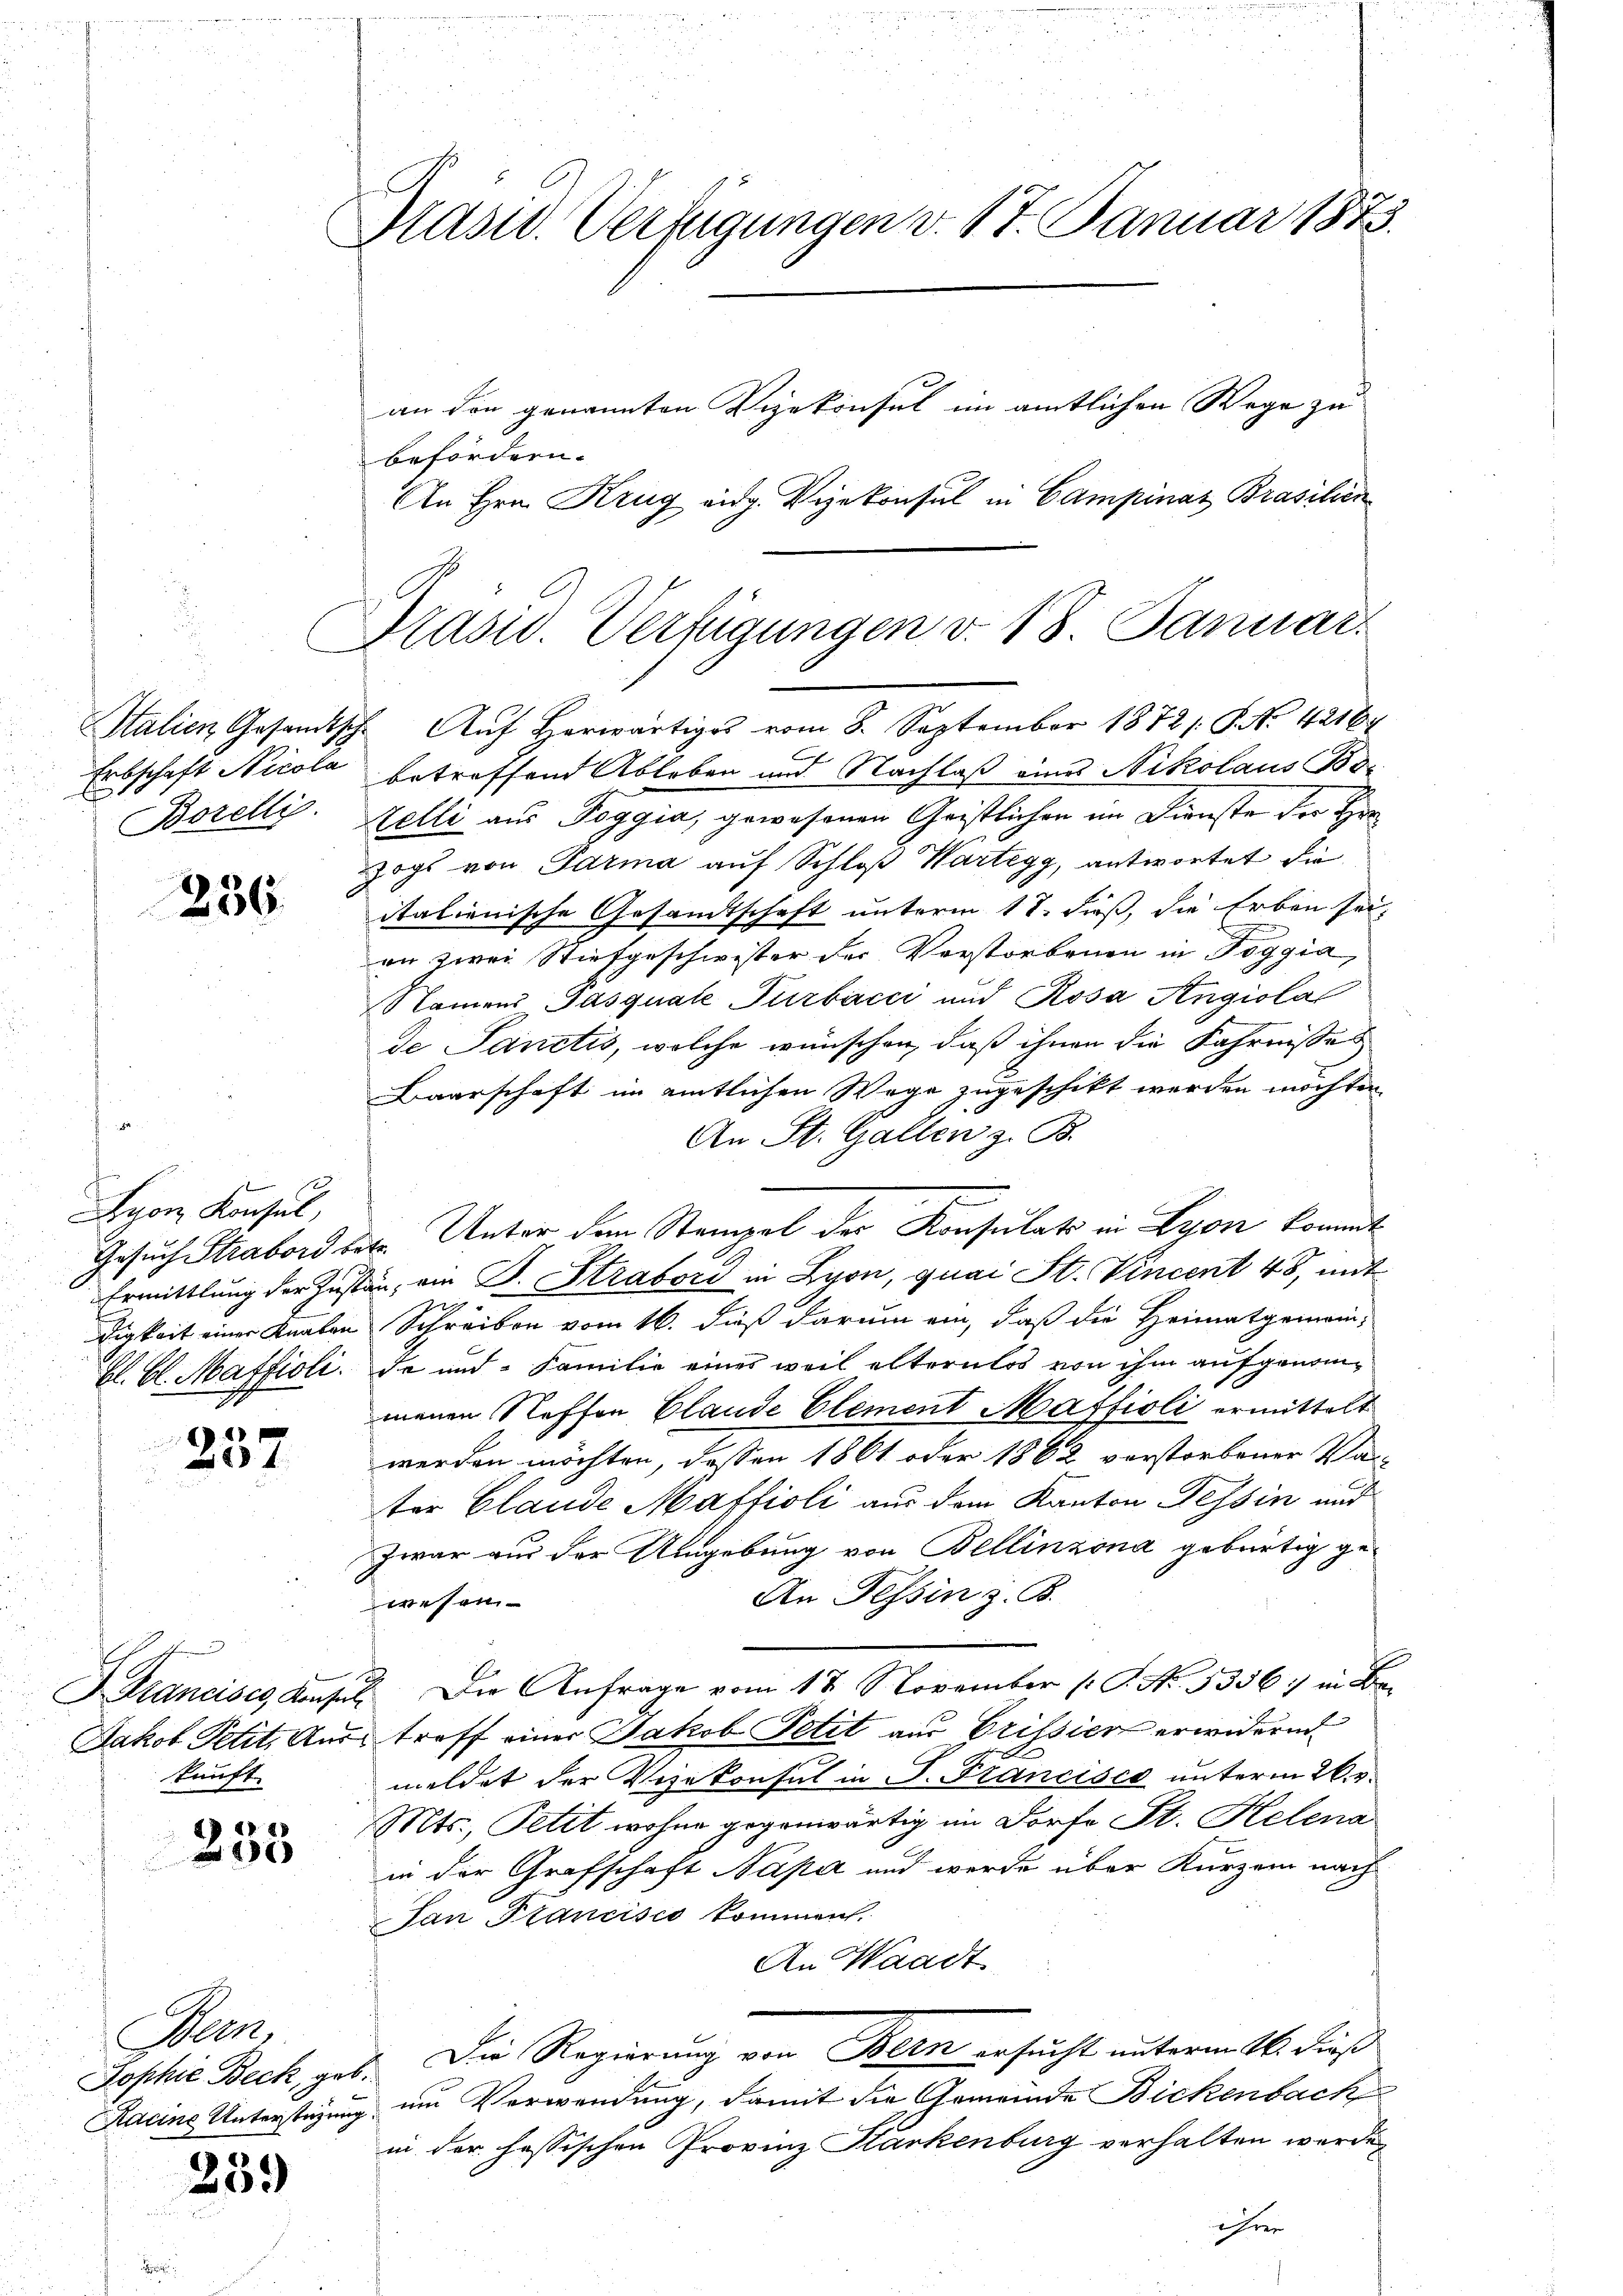
talien Gesandtsch
Erbschaft Nicola
.
Borelli

236.

Byon Konsul,
bl. Bl. Maffioli.

6
201.

Jakob Petit, Aus
kunft.

1 x
290

Bern,
Jophie Beck, geg
Racine Unterstüzung

239

Brasid. Verfügungen v. 17. Januar 1873.
an den genannten Vizekonsul im amtlichen Wege zu
befördern.

An Hrn. Krug eidg. Vizekonsul in Campinaz Brasilien

Präsid. Verfügungen v. 18. Januar.

27. Aŭf herwärtiges vom 8. September 1872/. P. No. 42164
betreffend Ableben und Nachlaß eines Nikolaus Bo-
Telli aus Poggia, gewesenen Gristlichen im Dienste der Her
zogs von Parma auf Schloß Wartegg, antwortet die
italienische Gesandtschaft unterm 17. dieß, die Erben sei,
e
an zwei Stiefgeschwister der Verstorbenen in Boggia,
Namens Gasquale Turbacci und Rosa Angiola
de Sanctis, welche wünschen, daß ihnen die Fahrnisses
Baarschaft im amtlichen Wege zugeschikt werden möchten
An St. Gallen z. B.
Gesuch Strabord der Unter dem Stempel der Konsulats in Lyon kommt.
Ermittlung der Zustan, am B. Strabori in Lyon, quai St. Vincent 48, mit
ch
tigkeit einer Knaben Schreiben vom 16. dieß darum ein, daß die Heimatgemeinde und Familie eines weil alternlos von ihm aufgenommenen Stoffen Claude Element Maffioli ermittelt
werden möchten, deßen 1861 oder 1862 verstorbener Var-
ter Claude Maffioli aus dem Kanton Tessin und
Zwar aus der Umgebung von Bellinzona gebürtig ge¬
An Tessin z. B.
wesen
d
F. Krancisce Konsel. Die Anfrage vom 18. November (T. No. 5336. in Betroff einer Jakob Petit aus Vrissier erwidern
meldet der Vizekonsul in P. Francisco unterm 26. v.
Mts., Petit wohne gegenwärtig im Dorfe St. Helena
in der Grafschaft Napa und werde über Kurzen nach
Pan Francisco kommen.
An Waadt
Die Regierung von Bern ersucht unterm 16. dieß
h
u um Verwendung, damit die Gemeinde Bickenbach
in der fessischen Provinz Starkenburg verhalten werde,
ihrer